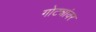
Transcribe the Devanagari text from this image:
गोट्यांवर